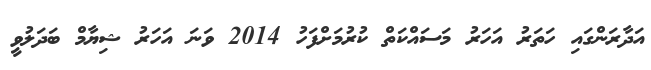
އަދާރަންގައި ހަތަރު އަހަރު މަސައްކަތް ކުރުމަށްފަހު 2014 ވަނަ އަހަރު ޝިޔާމް ބަދަލުވީ